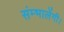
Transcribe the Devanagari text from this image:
संम्भालेंगी।